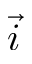
\vec { i }